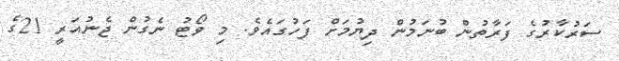
ސަރުކާރުގެ ފަރާތުން ބުނަމުން ދިޔުމަށް ފަހުގައެވެ. މި ވޯޓު ނެގުން ޖެނުއަރީ 21ގެ